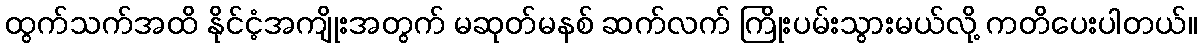
ထွက်သက်အထိ နိုင်ငံ့အကျိုးအတွက် မဆုတ်မနစ် ဆက်လက် ကြိုးပမ်းသွားမယ်လို့ ကတိပေးပါတယ်။